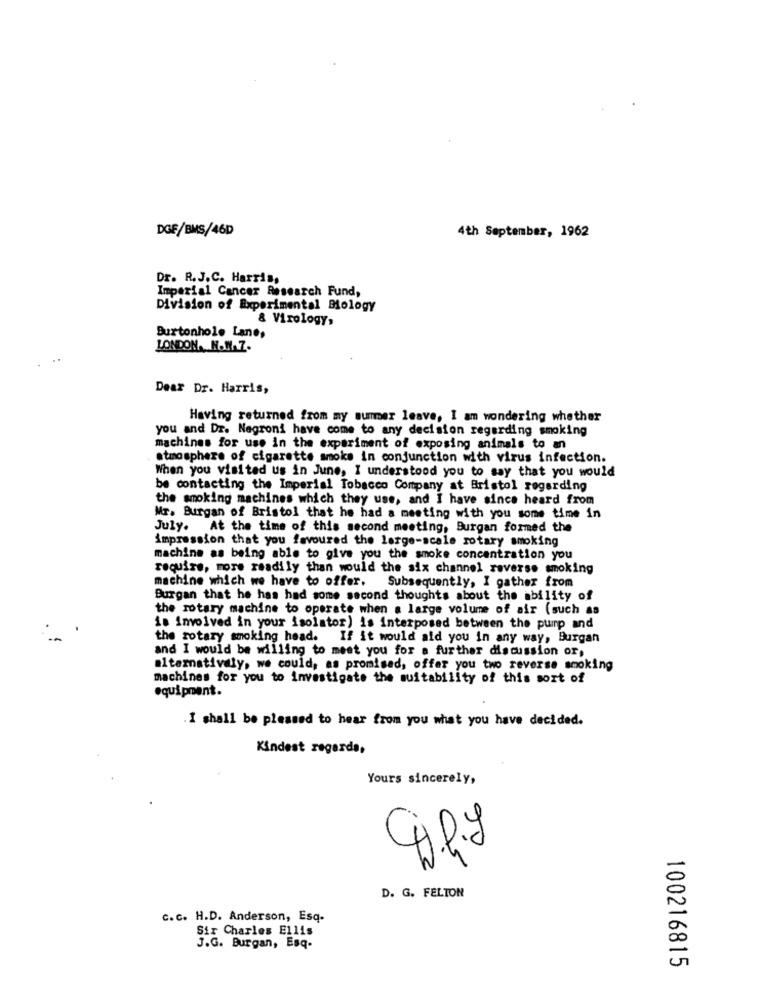
DGF/BMS/46D
4th September, 1962
Dr. R.J.C. Harris,
Imperial Cancer Research Fund,
Division of Experimental Biology
& Virology,
Burtonhole Lane,
LONDON. N.M.7.
Dear Dr. Harris,
Having returned from my summer leave, I am wondering whether
you and Dr. Negroni have come to any decision regarding smoking
machines for use in the experiment of exposing animals to an
atmosphere of cigarette smoke in conjunction with virus infection.
When you visited us in June, I understood you to say that you would
be contacting the Imperial Tobacco Company at Bristol regarding
the smoking machines which they use, and I have since heard from
Mr. Burgan of Bristol that he had a meeting with you some time in
July. At the time of this second meeting, Burgan formed the
impression that you favoured the large-scale rotary smoking
machine as being able to give you the smoke concentration you
require, more readily than would the six channel reverse smoking
machine which we have to offer. Subsequently, I gather from
Burgan that he has had some second thoughts about the ability of
the rotary machine to operate when a large volume of air (such as
is involved in your isolator) is interposed between the pump and
the rotary smoking head. If it would ald you in any way, Burgan
and I would be willing to meet you for a further discussion or,
alternatively, we could, as promised, offer you two reverse smoking
machines for you to investigate the suitability of this sort of
equipment.
I shall be pleased to hear from you what you have decided.
Kindest regards,
Yours sincerely,
D. G. FELTON
c. c. H.D. Anderson, Esq-
Sir Charles Ellis
J.G. Burgan, Esq-
100216815